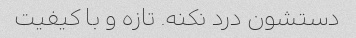
دستشون درد نکنه. تازه و با کیفیت